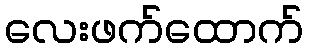
လေးဖက်ထောက်